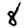
Digit: 8